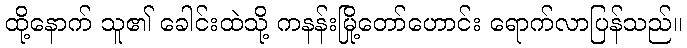
ထို့နောက် သူ၏ ခေါင်းထဲသို့ ကနန်းမြို့တော်ဟောင်း ရောက်လာပြန်သည်။